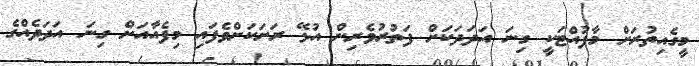
މީގެއިތުރަށް މާފުއްޓަކީ ގިނަ އަދަދަކަށް ފަތުރުވެރިން އުޅޭ ރަށަކަށްވެފައި މިފެއާއަށް ގިނަ އަދަދެއްގެ